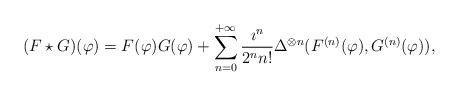
LaTeX: \begin{align*}(F\star G)(\varphi)=F(\varphi)G(\varphi)+\sum_{n=0}^{+\infty}\frac{\imath^n}{2^nn!}\Delta^{\otimes n}(F^{(n)}(\varphi),G^{(n)}(\varphi)),\end{align*}